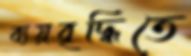
ব্যয়বৃদ্ধিতে